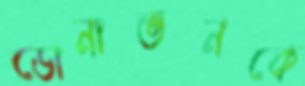
ডোনাভনকে